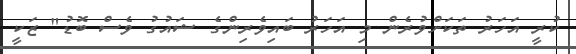
ކުރީ އަހަރު ތަކަށްވުރެން މި އަހަރު ބައިވެރިންގެ ޝައުގު ވެސް ބޮޑު" ޒަކީ